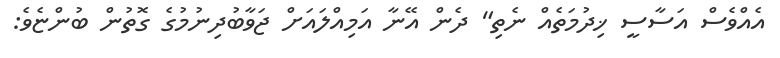
އެއްވެސް އަސާސީ ޚިދުމަތެއް ނެތި" ދެން އޭނާ އަމިއްލައަށް ޖަވާބުދިނުމުގެ ގޮތުން ބުންޏެވެ: